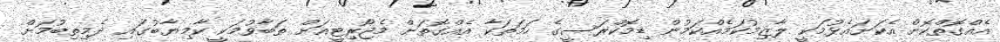
އެއްގޮތްކޮށް އެކަށައެޅުމަކީ ލާޒިމުކަމެއްކަމުން ޑިމޮކްރަސީގެ ހަމަތަކާ އެއްގޮތަށް މެޖޯރިޓީއަށް ތަބާވުމަކީ ކާމިޔާބުގައި ދެމިތިބުމަށް